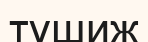
түшиж